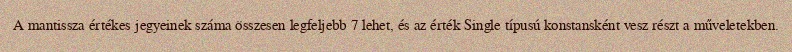
A mantissza értékes jegyeinek száma összesen legfeljebb 7 lehet, és az érték Single típusú konstansként vesz részt a műveletekben.